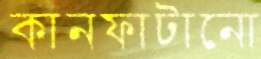
কানফাটানো